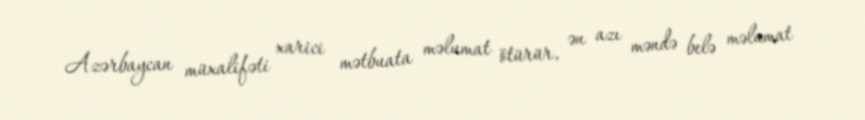
Azərbaycan müxalifəti xarici mətbuata məlumat ötürür, ən azı məndə belə məlumat